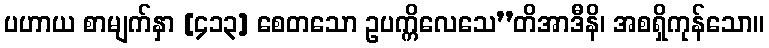
ပဟာယ စာမျက်နှာ [၄၁၃] စေတသော ဥပက္ကိလေသေ’’တိအာဒီနိ၊ အစရှိကုန်သော။